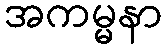
အကမ္မနာ